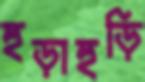
হুড়াহুড়ি